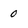
Character: 0